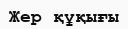
Жер құқығы